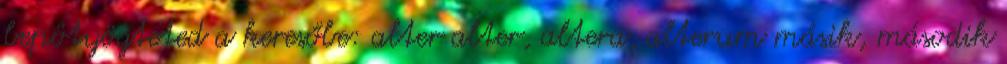
bepötyögteted a keresőbe: alter alter, altera, alterum másik, második